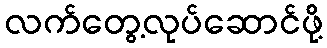
လက်တွေ့လုပ်ဆောင်ဖို့